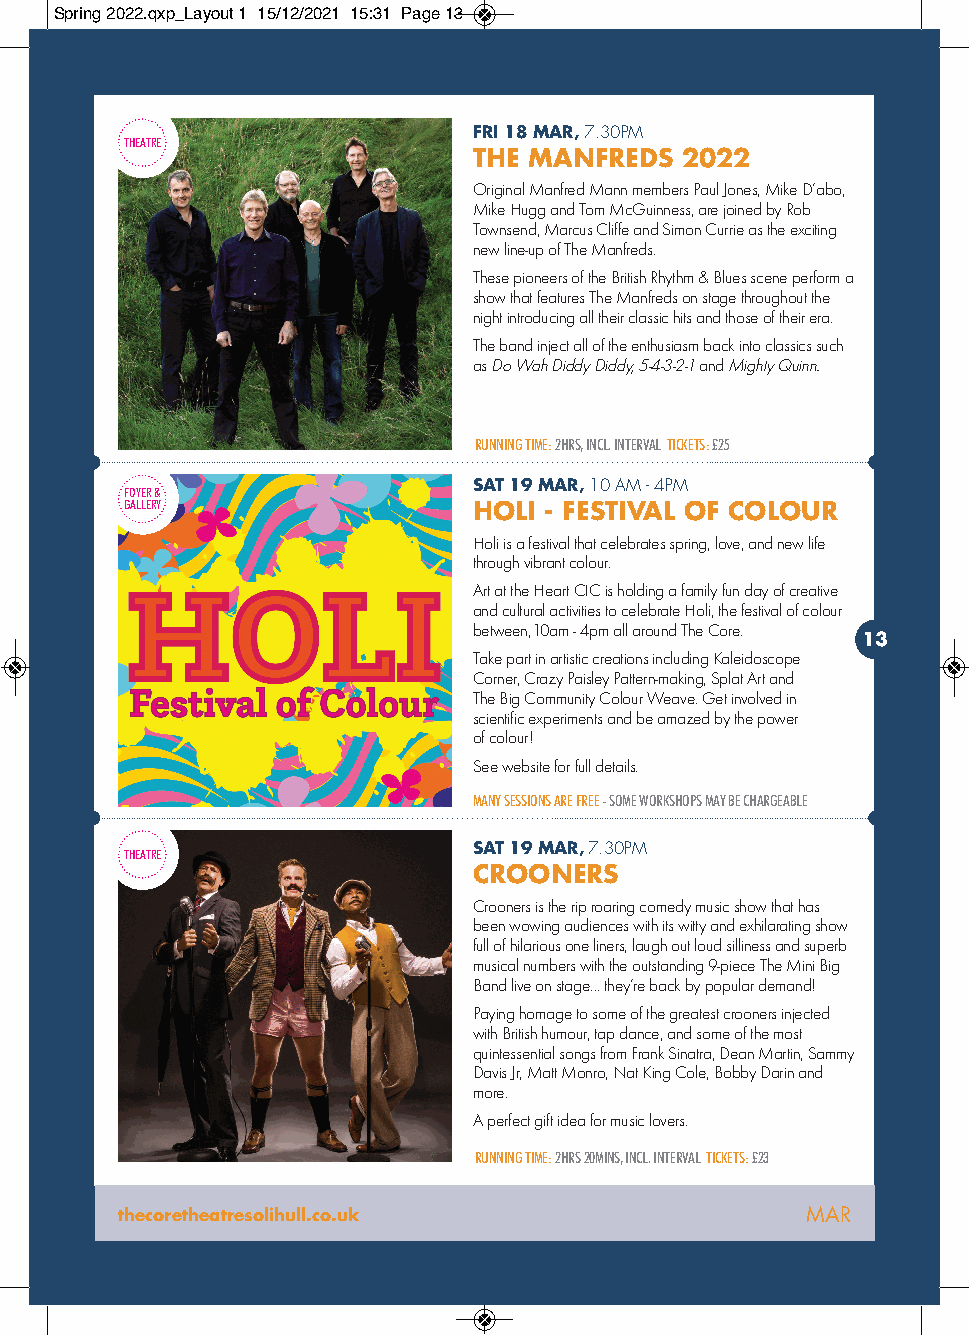
Spring 2022.qxp_Layout 1 15/12/2021 15:31 Page 13
 FRI 18 MAR,7.30PM
 THEATRE
 THE MANFREDS  2022
 Original Manfred Mann members Paul Jones, Mike D’abo,
 Mike Hugg and Tom McGuinness, are joined by Rob
 Townsend, Marcus Cliffe and Simon Currie as the exciting
 new line-up of The Manfreds.
 These pioneers of the British Rhythm & Blues scene perform a
 show that features The Manfreds on stage throughout the
 night introducing all their classic hits and those of their era.
 The band inject all of the enthusiasm back into classics such
 as Do Wah Diddy Diddy, 5-4-3-2-1and Mighty Quinn.
 RUNNING TIME:2HRS, INCL. INTERVAL TICKETS: £25
 SAT 19 MAR,10 AM - 4PM
 FOYER &
 GALLERY                HOLI - FESTIVAL OF COLOUR
 Holi is a festival that celebrates spring, love, and new life
 through vibrant colour.
 Art at the Heart CIC is holding a family fun day of creative
 and cultural activities to celebrate Holi, the festival of colour
 between,10am - 4pm all around The Core.
 13
 Take part in artistic creations including Kaleidoscope
 Corner, Crazy Paisley Pattern-making, Splat Art and
 The Big Community Colour Weave. Get involved in
 scientific experiments and be amazed by the power
 of colour!
 See website for full details.
 MANY SESSIONS ARE FREE - SOME WORKSHOPS MAY BE CHARGEABLE
 THEATRE                SAT 19 MAR,7.30PM
 CROONERS
 Crooners is the rip roaring comedy music show that has
 been wowing audiences with its witty and exhilarating show
 full of hilarious one liners, laugh out loud silliness and superb
 musical numbers with the outstanding 9-piece The Mini Big
 Band live on stage... they’re back by popular demand!
 Paying homage to some of the greatest crooners injected
 with British humour, tap dance, and some of the most
 quintessential songs from Frank Sinatra, Dean Martin, Sammy
 Davis Jr, Matt Monro, Nat King Cole, Bobby Darin and
 more.
 A perfect gift idea for music lovers.
 RUNNING TIME:2HRS 20MINS, INCL. INTERVAL TICKETS: £23
 thecoretheatresolihull.co.uk                 MAR